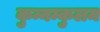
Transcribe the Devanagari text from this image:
कुन्नम्कुलम